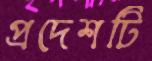
প্রদেশটি